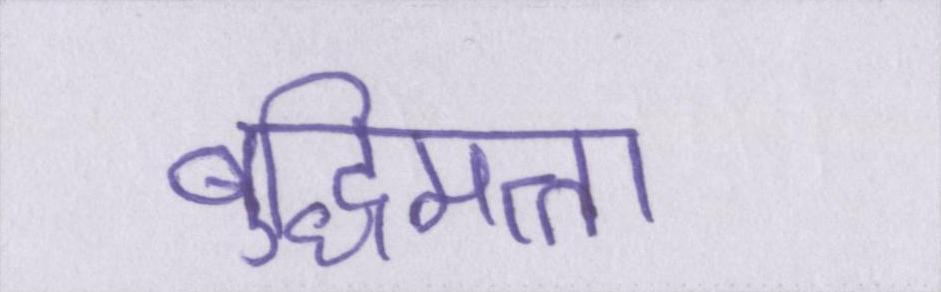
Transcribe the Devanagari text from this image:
बुद्धिमत्ता